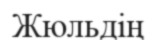
Жюльдің